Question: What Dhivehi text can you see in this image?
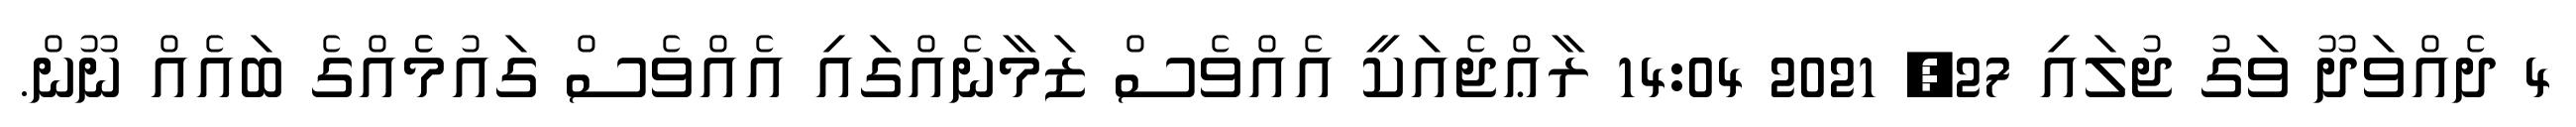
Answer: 4 ދެއްވަދޫ ވަގު ޖުލައި 27, 2021 14:04 ރާޢްޖެއަކީ އެއްވެސް ޒަމާނެއްގައި އެއްވެސް ގައުމެެއްގެ ބައެއް ނޫން.